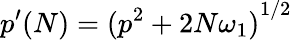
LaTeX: {p^{\prime}}(N)={(p^{2}+2N\omega_{1})}^{1/2}